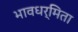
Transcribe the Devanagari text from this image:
भावधर्मिता